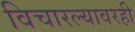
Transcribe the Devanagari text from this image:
विचारल्यावरही